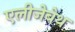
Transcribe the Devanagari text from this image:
एलीजेबेथ